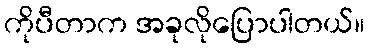
ကိုပီတာက အခုလိုပြောပါတယ်။